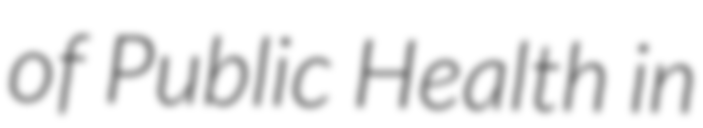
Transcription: of Public Health in